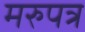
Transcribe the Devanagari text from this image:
मरुपत्र